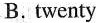
( ) A.Seventeen B. Twenty